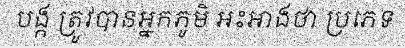
បង្ក ត្រូវបានអ្នកភូមិ អះអាងថា ប្រភេទ